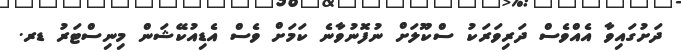
ދަށުގައިވާ އެއްވެސް ދަރިވަރަކު ސްކޫލަށް ނުފޮނުވާނެ ކަމަށް ވެސް އެޑިއުކޭޝަން މިނިސްޓަރު ޑރ.